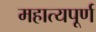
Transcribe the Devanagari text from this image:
महात्यपूर्ण